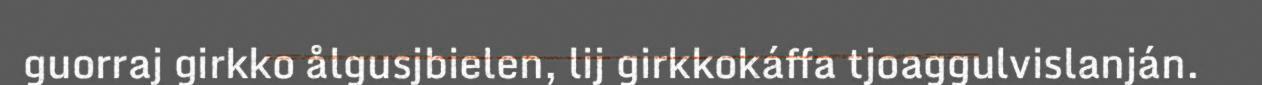
guorraj girkko ålgusjbielen, lij girkkokáffa tjoaggulvislanján.